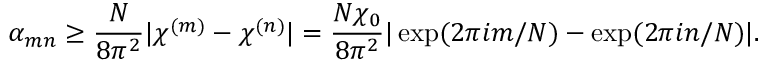
\alpha _ { m n } \geq \frac { N } { 8 \pi ^ { 2 } } | \chi ^ { ( m ) } - \chi ^ { ( n ) } | = \frac { N \chi _ { 0 } } { 8 \pi ^ { 2 } } | \exp ( 2 \pi i m / N ) - \exp ( 2 \pi i n / N ) | .